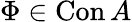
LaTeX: \Phi\in\operatorname{Con}A